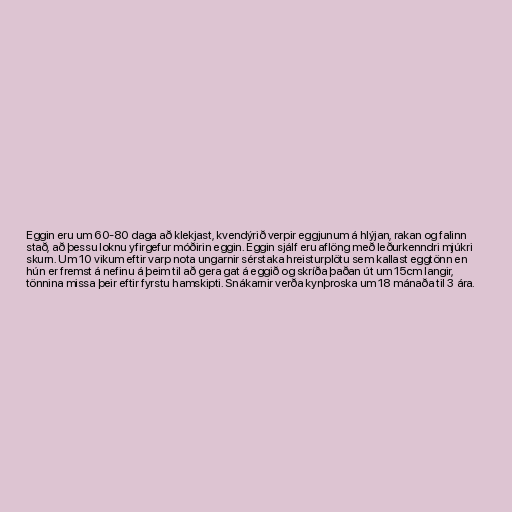
Eggin eru um 60-80 daga að klekjast, kvendýrið verpir eggjunum á hlýjan, rakan og falinn
stað, að þessu loknu yfirgefur móðirin eggin. Eggin sjálf eru aflöng með leðurkenndri mjúkri
skurn. Um 10 vikum eftir varp nota ungarnir sérstaka hreisturplötu sem kallast eggtönn en
hún er fremst á nefinu á þeim til að gera gat á eggið og skríða þaðan út um 15cm langir,
tönnina missa þeir eftir fyrstu hamskipti. Snákarnir verða kynþroska um 18 mánaða til 3 ára.